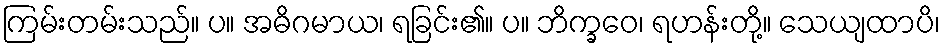
ကြမ်းတမ်းသည်။ ပ။ အဓိဂမာယ၊ ရခြင်း၏။ ပ။ ဘိက္ခဝေ၊ ရဟန်းတို့။ သေယျထာပိ၊